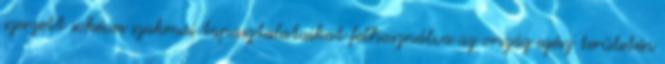
szerzett sokéves szakmai tapasztalataikat felhasználva az ország egész területén